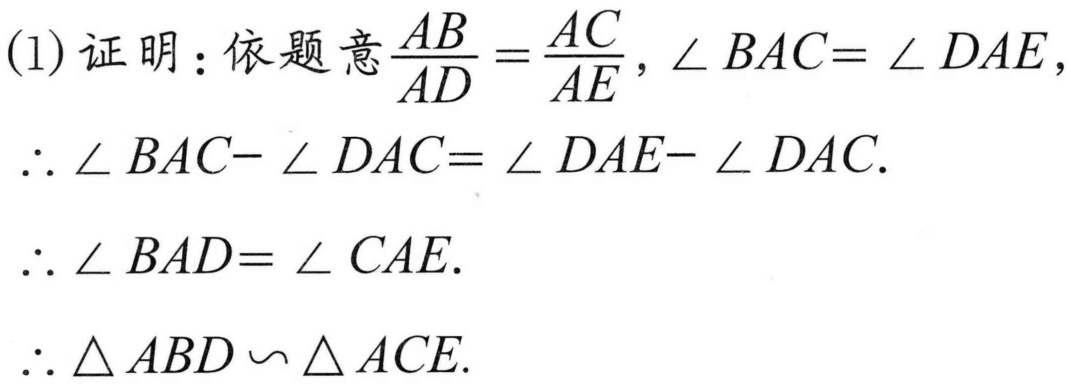
(1)证明：依题意\(\frac{AB}{AD}=\frac{AC}{AE}\)，\(\angle BAC = \angle DAE\)，
\(\therefore \angle BAC - \angle DAC=\angle DAE - \angle DAC\).
\(\therefore \angle BAD=\angle CAE\).
\(\therefore \triangle ABD\backsim\triangle ACE\).